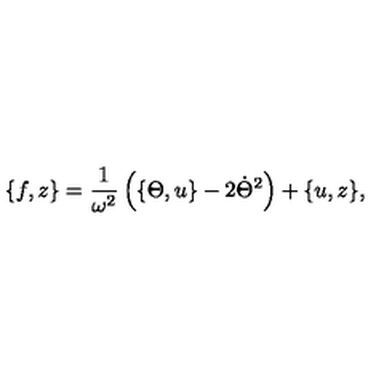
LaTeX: \{ f , z \} = \frac { 1 } { \omega ^ { 2 } } \left( \{ \Theta , u \} - 2 \dot { \Theta } ^ { 2 } \right) + \{ u , z \} ,